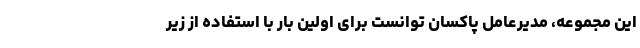
این مجموعه، مدیرعامل پاکسان توانست برای اولین بار با استفاده از زیر